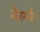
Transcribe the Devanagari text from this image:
मेरम्मैर